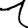
Digit: 1